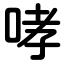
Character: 哮